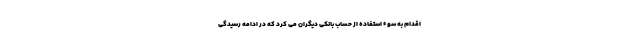
اقدام به سوء استفاده از حساب بانکی دیگران می کرد که در ادامه رسیدگی